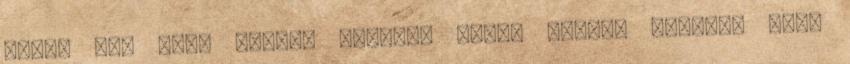
Spray nem hagy maradó anyagot Spray olajos anyagot hagy